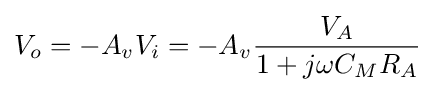
V_{o}=-A_{v}V_{i}=-A_{v}{\frac {V_{A}}{1+j\omega C_{M}R_{A}}}